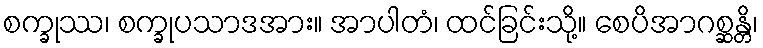
စက္ခုဿ၊ စက္ခုပသာဒအား။ အာပါတံ၊ ထင်ခြင်းသို့။ စေပိအာဂစ္ဆန္တိ၊